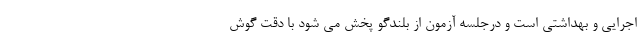
اجرایی و بهداشتی است و درجلسه آزمون از بلندگو پخش می شود با دقت گوش